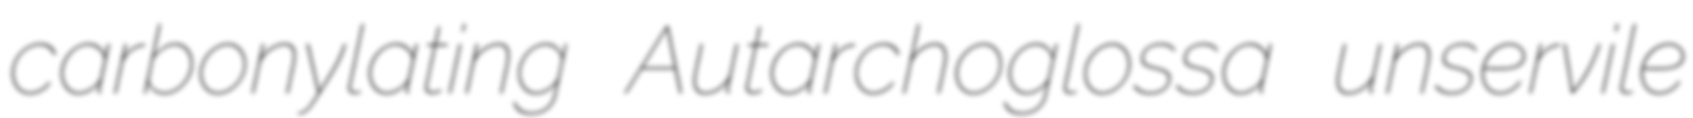
carbonylating Autarchoglossa unservile